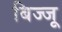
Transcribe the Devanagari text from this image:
बिज्‍जू